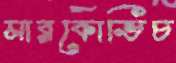
মারকোভিচ